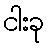
ငါးခု